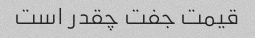
قیمت جفت چقدر است